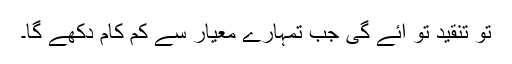
تو تنقید تو ائے گی جب تمہارے معیار سے کم کام دکھے گا۔